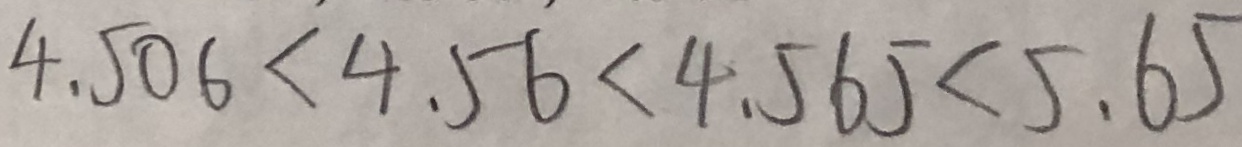
4 . 5 0 6 < 4 . 5 6 < 4 . 5 6 5 < 5 . 6 5